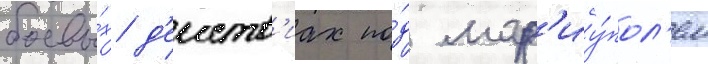
боевы́х д'еиств'иах по́д мар'иу́пол'ем